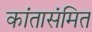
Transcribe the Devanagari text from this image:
कांतासंमित